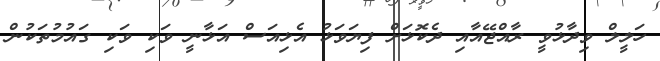
ހަލީލް ވިދާޅުވީ ރާއްޖޭއާއި ދެކޮޅަށް ފިޔަވަޅު އެޅިއަސް އަޅާނީ ވަކި ވަކި ގައުމުތަކުން